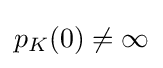
{\textstyle p_{K}(0)\neq \infty }